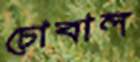
চোবাল